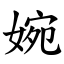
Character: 婉